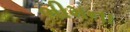
ભીમના